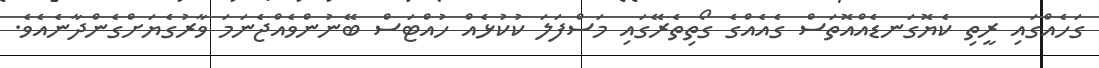
ގަހެއްގައި ރީތި ކެޔޮގަނޑެއްއޮތަސް ގެއެއްގެ ގޯތިތެރޭގައި މަސްފަލަ ކުކުޅެއް ހުއްޓަސް ބޭނުންވެއްޖެނަމަ ވާރުގެޔަށްގެންދާނެއެވެ.